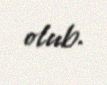
olub.